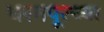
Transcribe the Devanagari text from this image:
धरमपूरच्या